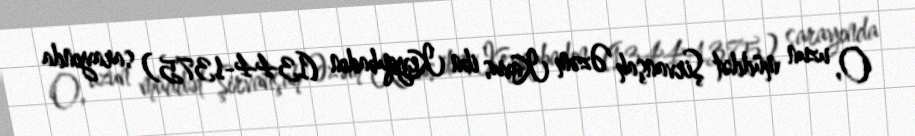
O, uzun müddət Şirvanşah Əzəm Kavus ibn Keyqubadın (1344-1375) sarayında